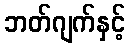
ဘတ်ဂျက်နှင့်